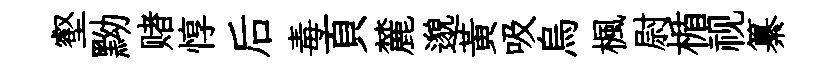
壑黝赌惇后毒頁麓邈黄吸烏楓尉楯视纂